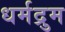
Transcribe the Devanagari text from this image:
धर्मद्रुम